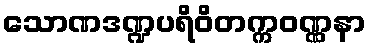
သောဏဒဏ္ဍပရိဝိတက္ကဝဏ္ဏနာ